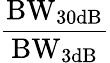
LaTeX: \mathrm{\frac{BW_{30dB}}{BW_{3dB}}}